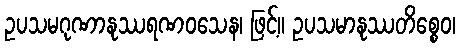
ဥပသမဂုဏာနုဿရဏဝသေန၊ ဖြင့်။ ဥပသမာနုဿတိစ္စေဝ၊